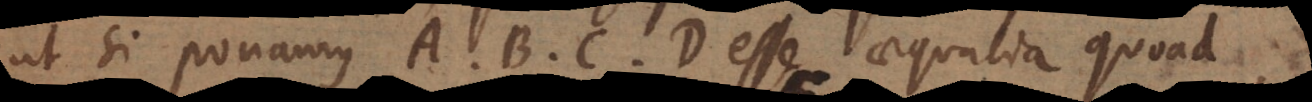
ut si ponamus A B C D esse aequalia quoad